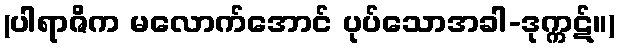
(ပါရာဇိက မလောက်အောင် ပုပ်သောအခါ-ဒုက္ကဋ်။)